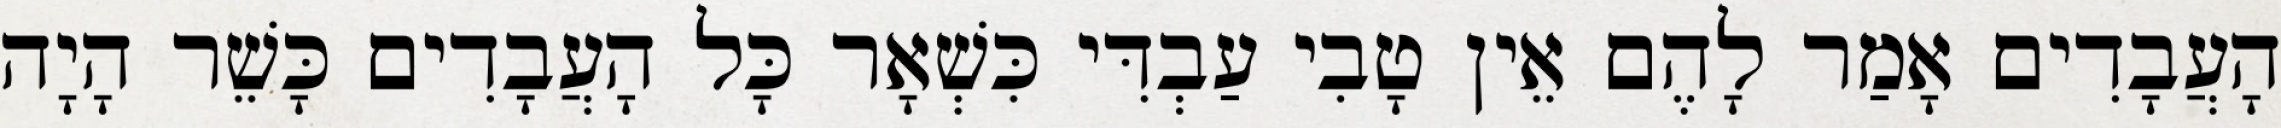
הָעֲבָדִים אָמַר לָהֶם אֵין טָבִי עַבְדִּי כִּשְׁאָר כָּל הָעֲבָדִים כָּשֵׁר הָיָה